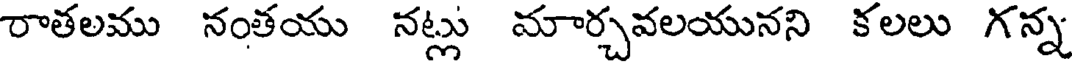
రాతలము నంతయు నట్లు మార్చవలయునని కలలు గన్న